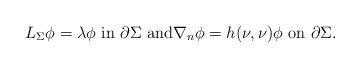
LaTeX: \begin{align*}L_{\Sigma}\phi= \lambda\phi \mbox{ in } \partial\Sigma \mbox{ and} \nabla_n\phi = h(\nu, \nu)\phi \mbox{ on } \partial\Sigma. \end{align*}